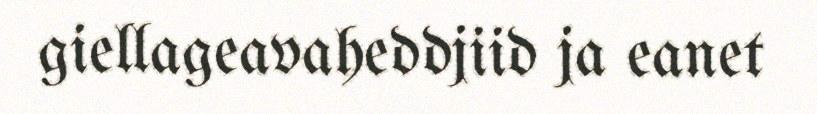
giellageavaheddjiid ja eanet